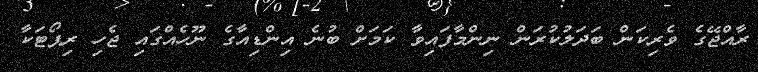
ރާއްޖޭގެ ވެރިކަން ބަދަލުކުރަން ނިންމާފައިވާ ކަމަށް ބުނެ އިންޑިއާގެ ނޫހެއްގައި ޖެހި ރިޕޯޓަކާ